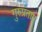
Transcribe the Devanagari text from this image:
गुरुप्रताप